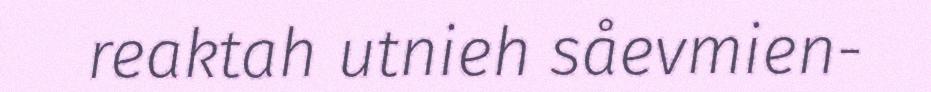
reaktah utnieh såevmien-